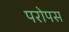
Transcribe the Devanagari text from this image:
परोपस